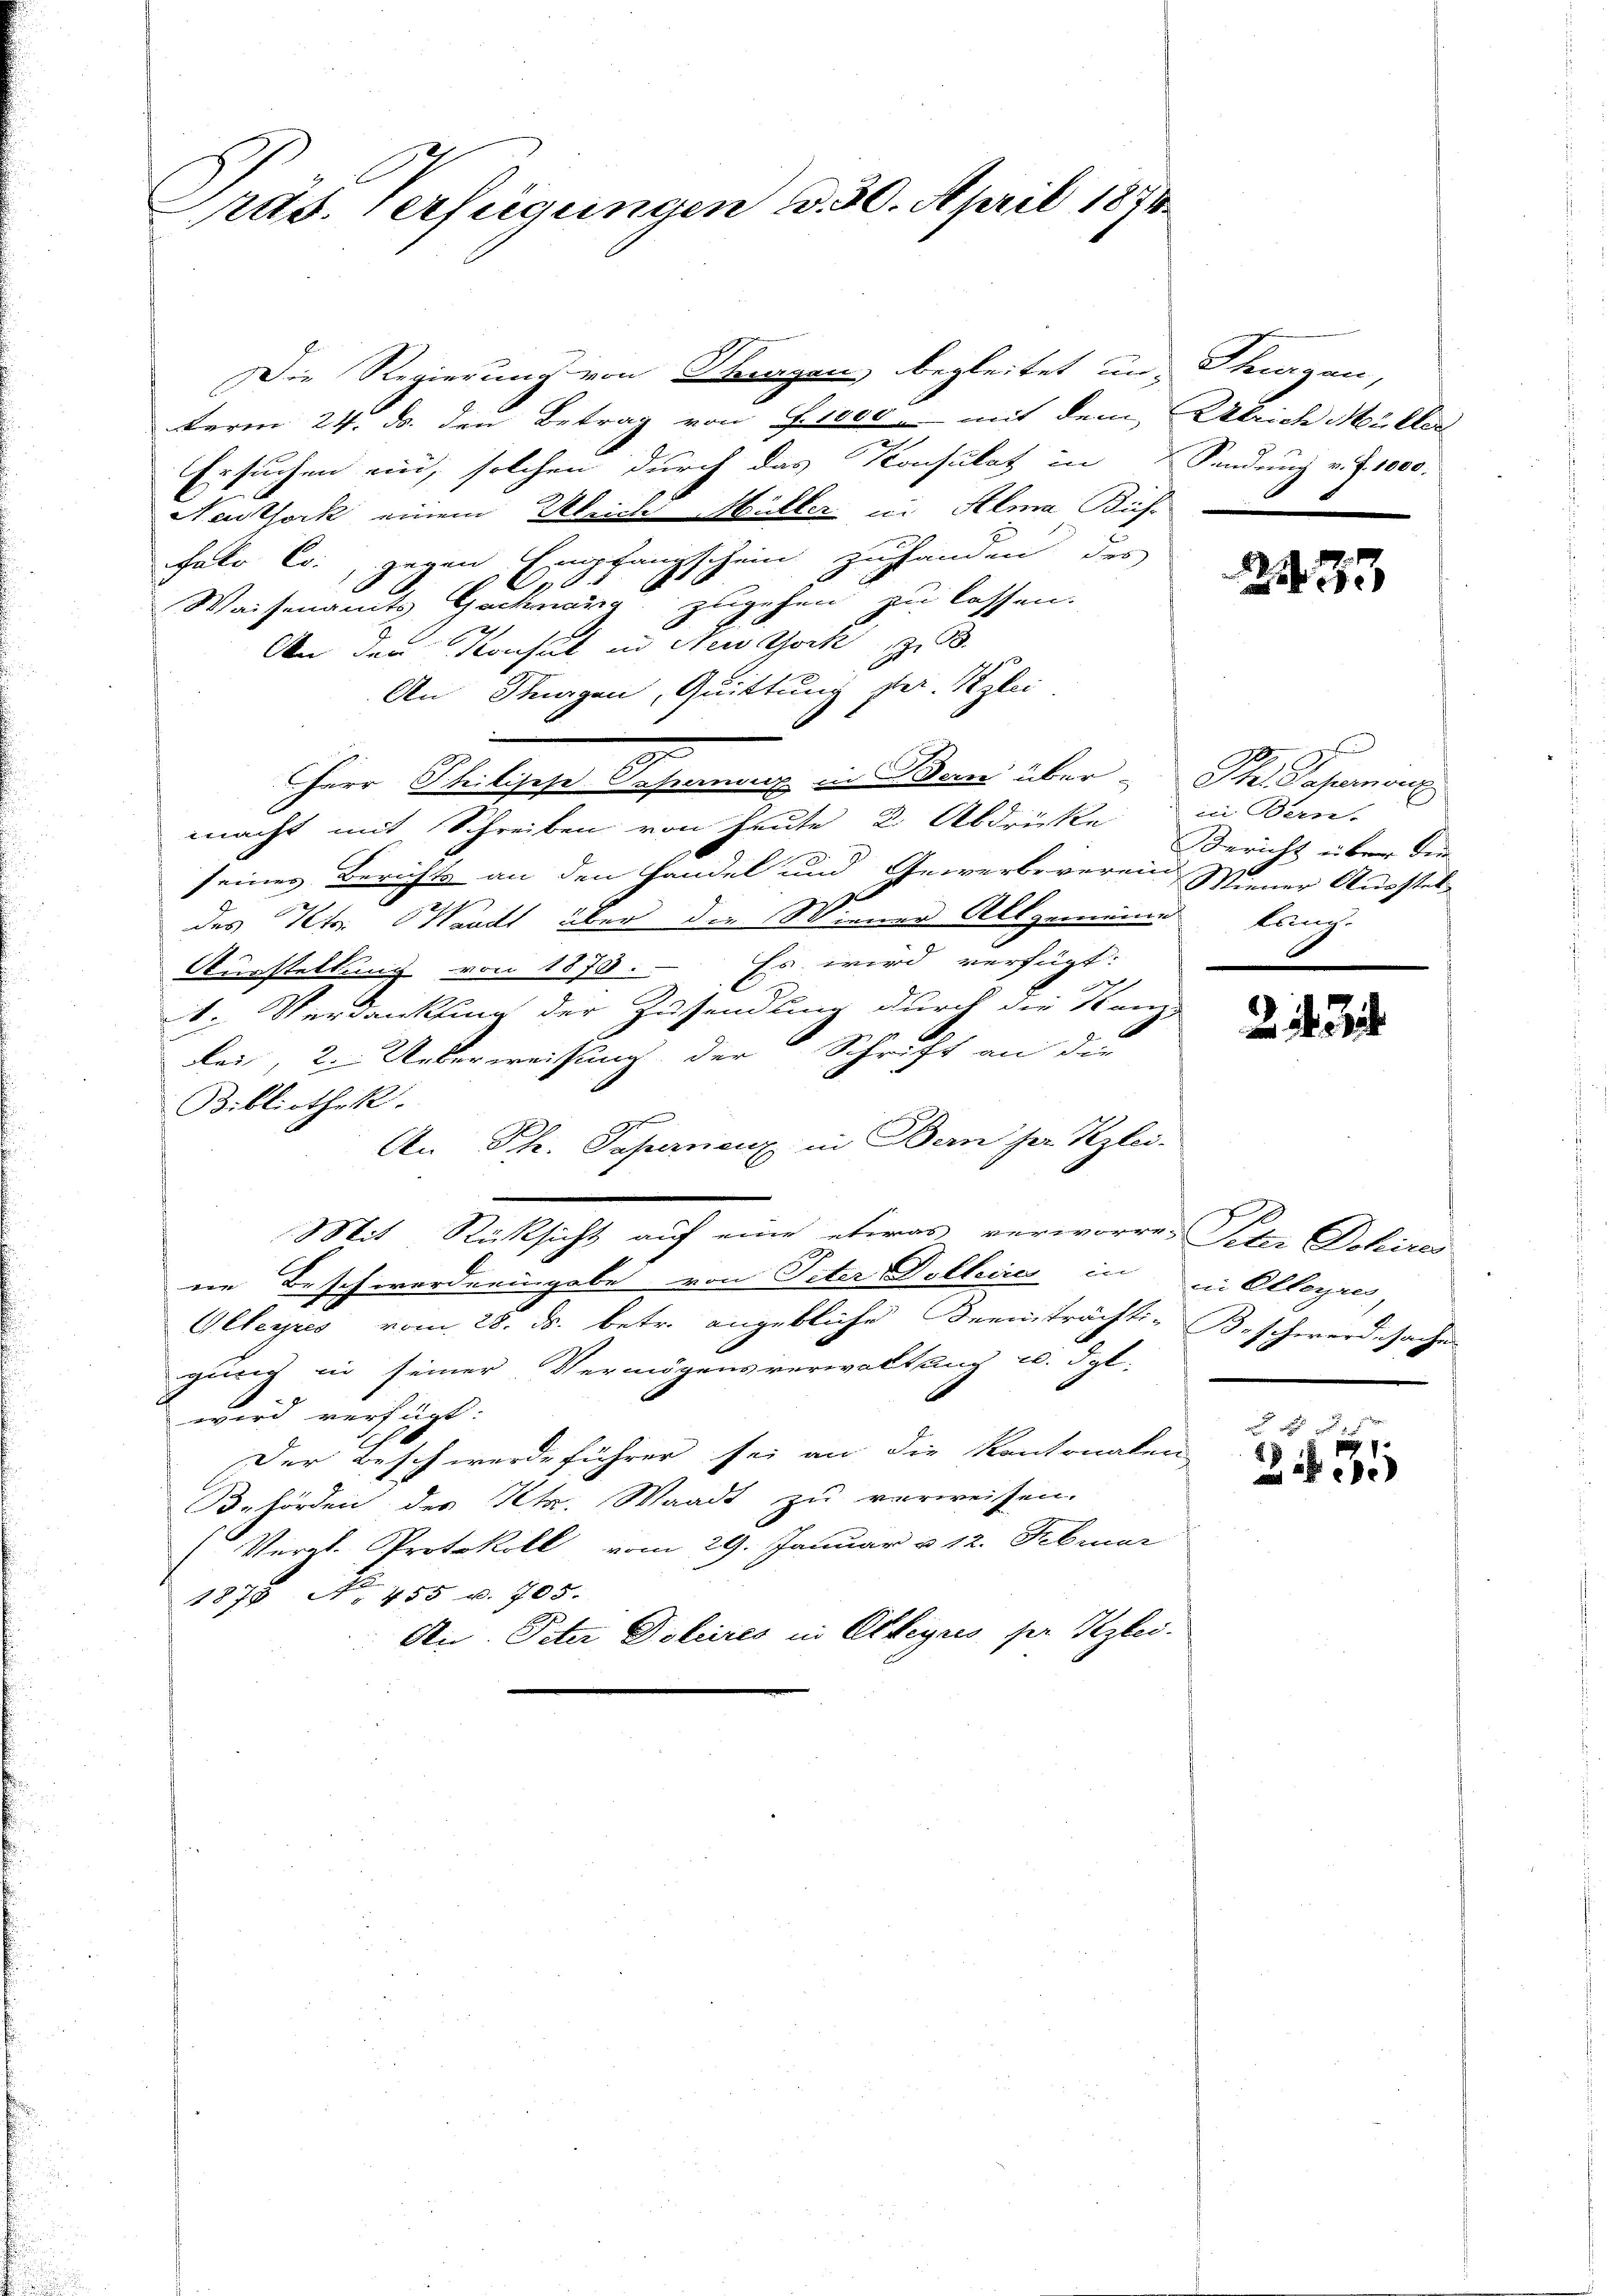
Präs. Verfügungen d. 30. April 1874.

Die Regierung von Sirgen begleitet und Thurgau,
Ferm 24. ds. den Betrag von Fisco, mit dem Ulrich Müller
Ersuchen ein, solchen durch das Konsulat in Sendung v. J. 1000.
Neuthork einem Gleich Müller in Alma Büh-
falo C., gegen Empfangschein zuhanden des
65
Waisenamts Gachnang zugehen zu lassen.
An den Konsul in New York z
An Steigen, Quittung ster. Weglei
e
.
Herr Philische Sepanenz in Ban über Th. Sapernönz
macht mit Schreiben von heute 2. Abdrücke
seines Berichts an den Handel und Gewerbeverein Wiener Ausstel
des Peter Waadt über die Wiener Allgemeind lang-
Aurstellung von 1870. Es wird verfügt:
1. Verdankung der Zusendlung durch die Kanz
les, 2. Ueberweisung der Schrift an die
Bibliothek.
An Ph. Tapernienz in Bern her Klei-
u
Mit Rüksicht auf eine etwas verworren Peter Dohires
ne Beschwerderungabe von Peter Dollere in in Elleyres,
Glleyres vom 28. ds. betr. angebliche Freinträchti-Beschwerdesacher
ging in seiner Vermögensverwaltung u. dgl.
wird verfügt:
Der Beschwerdeführer sei an die Kantonalen
Behörden des Kt. Waadt zu verweisen.
Vergl. Protokoll vom 29. Januar u 12. Februar
1879 No 455 u. 705.
An. Peter Doliires in Alkeyns ser Klei

in Bern.
Bericht über dein
.

2473

2